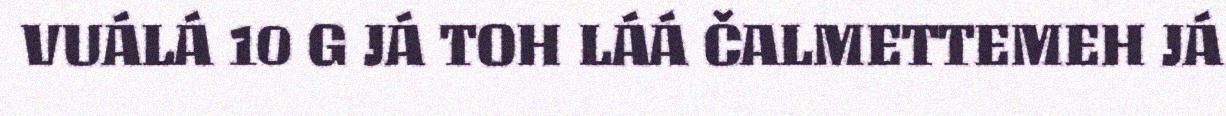
VUÁLÁ 10 G JÁ TOH LÁÁ ČALMETTEMEH JÁ